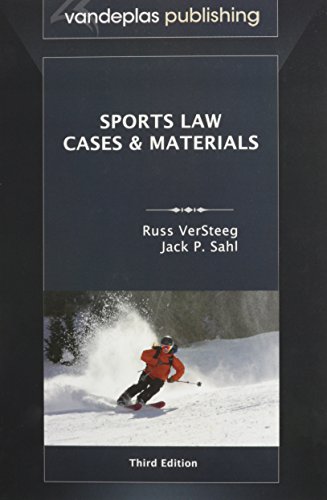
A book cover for Sports Law: Cases and Materials, Third Edition; Russ VerSteeg; Law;